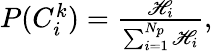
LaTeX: \begin{array}{r}{P({C_{i}^{k}})=\frac{\mathscr{H}_{i}}{\sum_{i=1}^{N_{p}}\mathscr{H}_{i}},}\end{array}